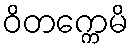
ဝိတက္ကေမိ